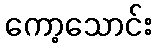
ကော့သောင်း